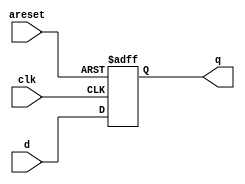
module top_module (
    input clk,
    input areset,   // active high asynchronous reset
    input [7:0] d,
    output [7:0] q
);
    always@(posedge clk or posedge areset)begin
        if(areset) q <= 0;
    	else q <= d;
    end
endmodule